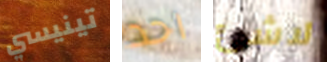
تينيسي احد لاشئ